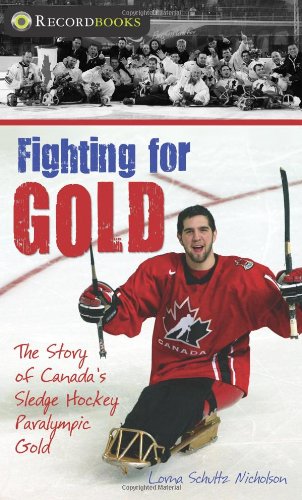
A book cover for Fighting for Gold: The Story of Canada's Sledge Hockey Paralympic Gold (Lorimer Recordbooks); Lorna Schultz Nicholson; Teen & Young Adult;